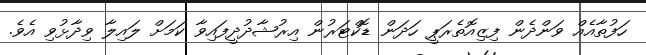
ހަފުތާއެއް ވަންދެން ފިޒިއޮތެރަޕީ ހަދަން ޑޮކްޓަރުން އިރުޝާދުދީފައިވާ ކަމަށް ލައިލާ ވިދާޅުވި އެވެ.